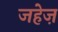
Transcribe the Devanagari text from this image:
जहेज़